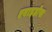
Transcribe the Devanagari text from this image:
एबाइडोस